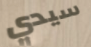
سيدي